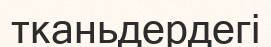
тканьдердегі